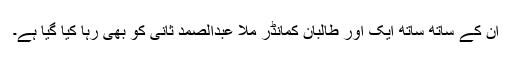
ان کے ساتھ ساتھ ایک اور طالبان کمانڈر ملا عبدالصمد ثانی کو بھی رہا کیا گیا ہے۔